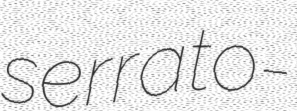
serrato-